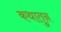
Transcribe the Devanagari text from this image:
कथातुन